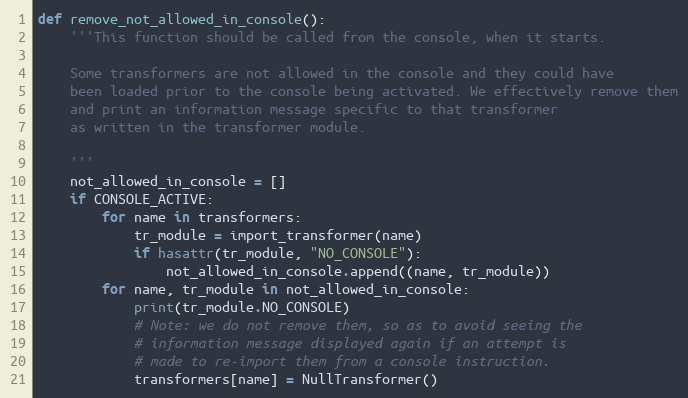
Language: Python
def remove_not_allowed_in_console():
    '''This function should be called from the console, when it starts.

    Some transformers are not allowed in the console and they could have
    been loaded prior to the console being activated. We effectively remove them
    and print an information message specific to that transformer
    as written in the transformer module.

    '''
    not_allowed_in_console = []
    if CONSOLE_ACTIVE:
        for name in transformers:
            tr_module = import_transformer(name)
            if hasattr(tr_module, "NO_CONSOLE"):
                not_allowed_in_console.append((name, tr_module))
        for name, tr_module in not_allowed_in_console:
            print(tr_module.NO_CONSOLE)
            # Note: we do not remove them, so as to avoid seeing the
            # information message displayed again if an attempt is
            # made to re-import them from a console instruction.
            transformers[name] = NullTransformer()